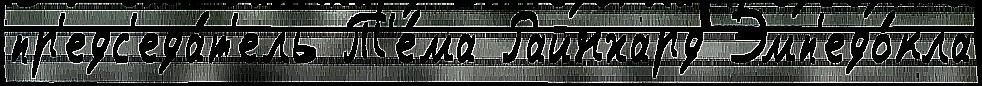
пр'едс'еда́т'ель Т'е́ма Райнхард Эмп'едо́кла